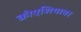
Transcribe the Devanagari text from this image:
क्रोएशियावर